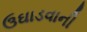
ઉઘાડવાની